Technical education in continuation classes, 1936
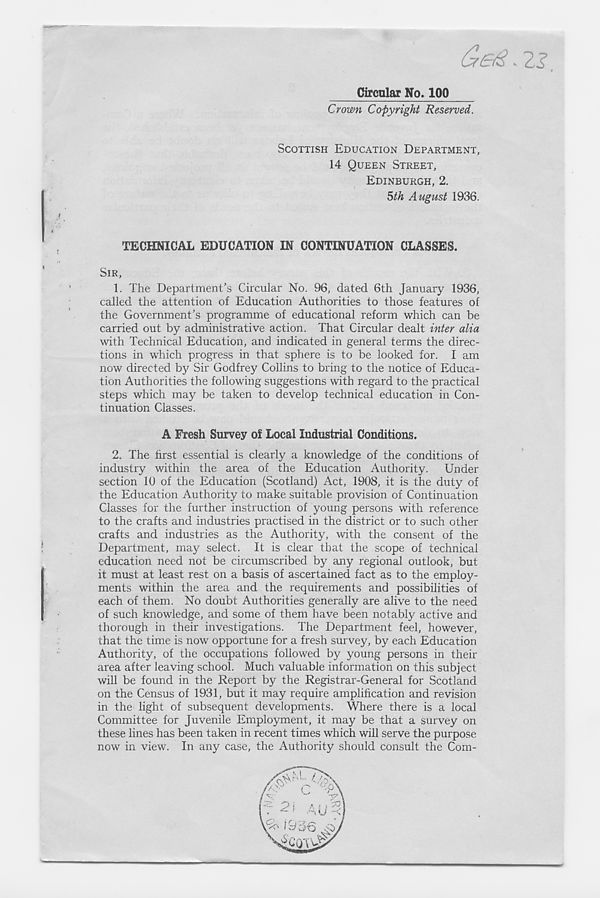
v 2^
Circular No. 100
Crown Copyright Reserved.
SCOTTISH EDUCATION DEPARTMENT,
14 QUEEN STREET,
EDINBURGH, 2.
5th August 1936.
TECHNICAL EDUCATION IN CONTINUATION CLASSES.
SIR,
1. The Department’s Circular No. 96, dated 6th January 1936,
called the attention of Education Authorities to those features of
the Government’s programme of educational reform which can be
carried out by administrative action. That Circular dealt inter alia
with Technical Education, and indicated in general terms the direc-
tions in which progress in that sphere is to be looked for. I am
now directed b)^ Sir Godfrey Collins to bring to the notice of Educa-
tion Authorities the following suggestions with regard to the practical
steps which may be taken to develop technical education in Con-
tinuation Classes.
A Fresh Survey of Local Industrial Conditions.
2. The first essential is clearly a knowledge of the conditions of
industry within the area of the Education Authority. Under
section 10 of the Education (Scotland) Act, 1908, it is the duty of
the Education Authority to make suitable provision of Continuation
Classes for the further instruction of young persons with reference
to the crafts and industries practised in the district or to such other
crafts and industries as the Authority, with the consent of the
Department, may select. It is clear that the scope of technical
education need not be circumscribed by any regional outlook, but
it must at least rest on a basis of ascertained fact as to the employ-
ments within the area and the requirements and possibilities of
each of them. No doubt Authorities generally are alive to the need
of such knowledge, and some of them have been notably active and
thorough in their investigations. The Department feel, however,
that the time is now opportune for a fresh survey, by each Education
Authority, of the occupations followed by young persons in their
area after leaving school. Much valuable information on this subject
will be found in the Report by the Registrar-General for Scotland
on the Census of 1931, but it may require amplification and revision
in the light of subsequent developments. Where there is a local
Committee for Juvenile Employment, it may be that a survey on
these lines has been taken in recent times which will serve the purpose
now in view. In any case, the Authority should consult the Com-